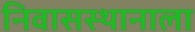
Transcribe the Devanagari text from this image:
निवासस्थानाला